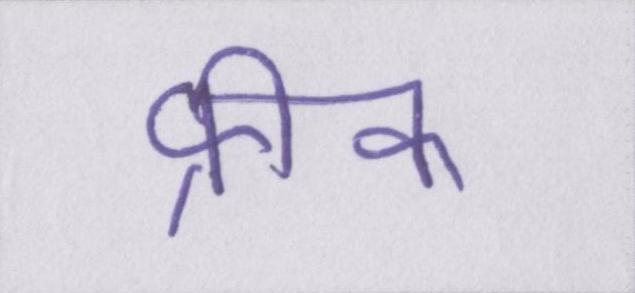
फ्रीक